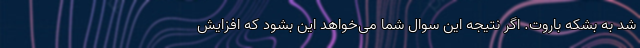
شد به بشکه باروت. اگر نتیجه‌ این سوال شما می‌خواهد این بشود که افزایش